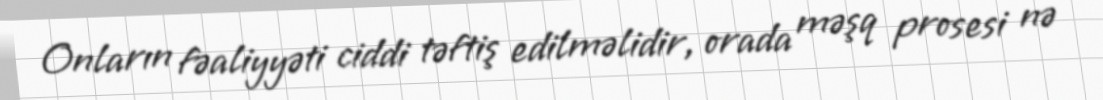
Onların fəaliyyəti ciddi təftiş edilməlidir, orada məşq prosesi nə